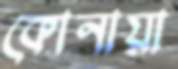
কোনায়া